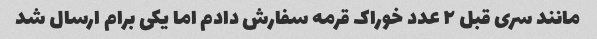
مانند سری قبل ۲ عدد خوراک قرمه سفارش دادم اما یکی برام ارسال شد